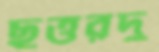
ছত্তরদু